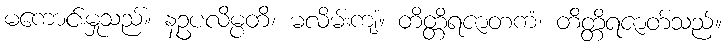
မကောင်းမှုသည်။ နဥပလိမ္ပတိ၊ မလိမ်းကျံ။ တိတ္တိရဇာတကံ၊ တိတ္တိရဇာတ်သည်။